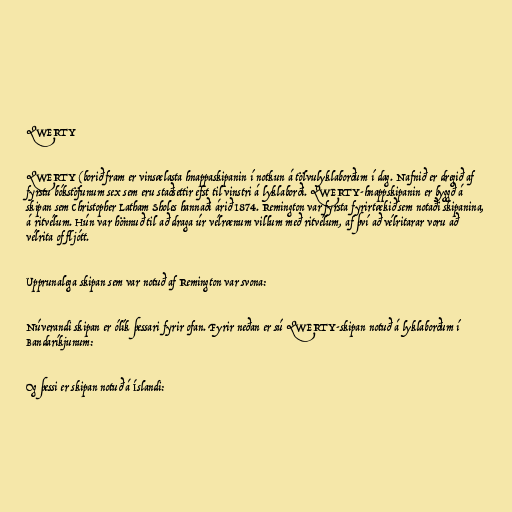
QWERTY

QWERTY (borið fram er vinsælasta hnappaskipanin í notkun á tölvulyklaborðum í dag. Nafnið er dregið af
fyrstu bókstöfunum sex sem eru staðsettir efst til vinstri á lyklaborði. QWERTY-hnappskipanin er byggð á
skipan sem Christopher Latham Sholes hannaði árið 1874. Remington var fyrsta fyrirtækið sem notaði skipanina,
á ritvélum. Hún var hönnuð til að draga úr vélrænum villum með ritvélum, af því að vélritarar voru að
vélrita of fljótt.

Upprunalega skipan sem var notuð af Remington var svona:

Núverandi skipan er ólík þessari fyrir ofan. Fyrir neðan er sú QWERTY-skipan notuð á lyklaborðum í
Bandaríkjunum:

Og þessi er skipan notuð á Íslandi: